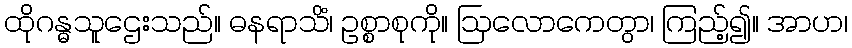
ထိုဂန္ဓသူဌေးသည်။ ဓနရာသိံ၊ ဥစ္စာစုကို။ ဩလောကေတွာ၊ ကြည့်၍။ အာဟ၊